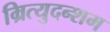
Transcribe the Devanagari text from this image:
म्रित्युदन्शम